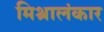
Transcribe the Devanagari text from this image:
मिश्रालंकार